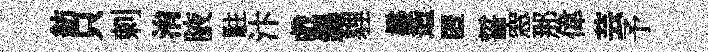
紡只剌㳙腋駐汴戲錫貍楙造匿誓窓那偉芸予